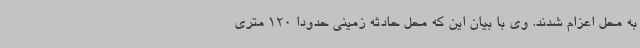
به محل اعزام شدند. وی با بیان این که محل حادثه زمینی حدودا 120 متری